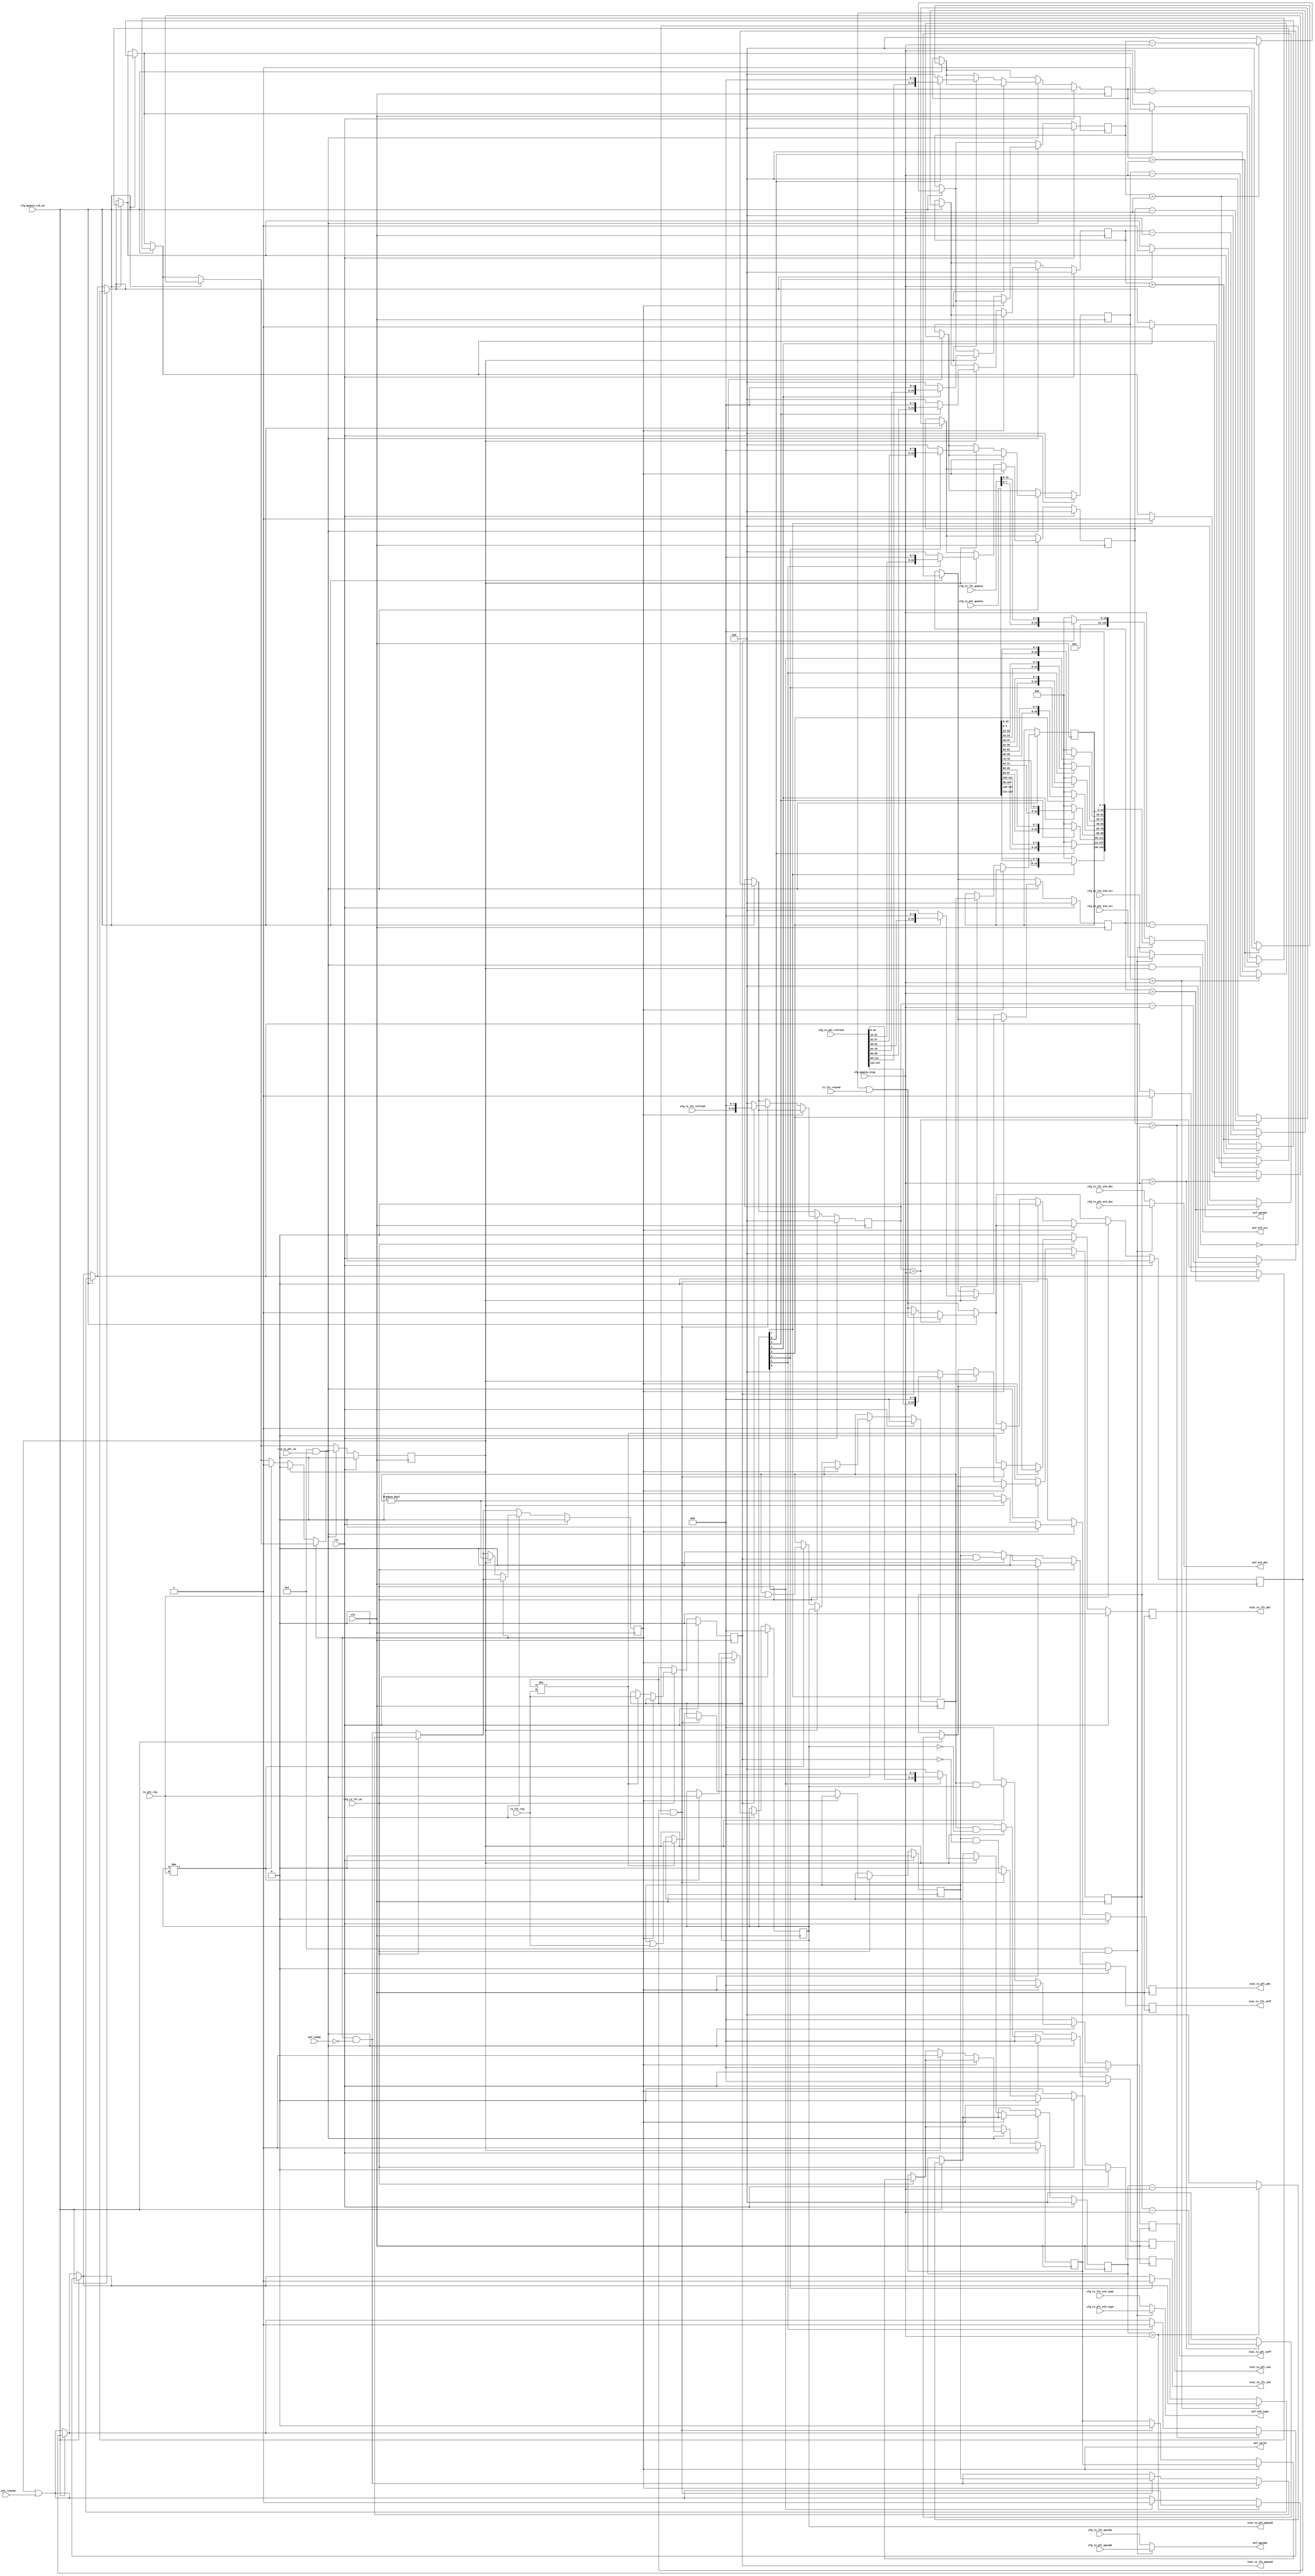
/*

Copyright (c) 2023 Alex Forencich

Permission is hereby granted, free of charge, to any person obtaining a copy
of this software and associated documentation files (the "Software"), to deal
in the Software without restriction, including without limitation the rights
to use, copy, modify, merge, publish, distribute, sublicense, and/or sell
copies of the Software, and to permit persons to whom the Software is
furnished to do so, subject to the following conditions:

The above copyright notice and this permission notice shall be included in
all copies or substantial portions of the Software.

THE SOFTWARE IS PROVIDED "AS IS", WITHOUT WARRANTY OF ANY KIND, EXPRESS OR
IMPLIED, INCLUDING BUT NOT LIMITED TO THE WARRANTIES OF MERCHANTABILITY
FITNESS FOR A PARTICULAR PURPOSE AND NONINFRINGEMENT. IN NO EVENT SHALL THE
AUTHORS OR COPYRIGHT HOLDERS BE LIABLE FOR ANY CLAIM, DAMAGES OR OTHER
LIABILITY, WHETHER IN AN ACTION OF CONTRACT, TORT OR OTHERWISE, ARISING FROM,
OUT OF OR IN CONNECTION WITH THE SOFTWARE OR THE USE OR OTHER DEALINGS IN
THE SOFTWARE.

*/

// Language: Verilog 2001

`resetall
`timescale 1ns / 1ps
`default_nettype none

/*
 * PFC and pause frame transmit handling
 */
module mac_pause_ctrl_tx #
(
    parameter MCF_PARAMS_SIZE = 18,
    parameter PFC_ENABLE = 1
)
(
    input  wire                          clk,
    input  wire                          rst,

    /*
     * MAC control frame interface
     */
    output wire                          mcf_valid,
    input  wire                          mcf_ready,
    output wire [47:0]                   mcf_eth_dst,
    output wire [47:0]                   mcf_eth_src,
    output wire [15:0]                   mcf_eth_type,
    output wire [15:0]                   mcf_opcode,
    output wire [MCF_PARAMS_SIZE*8-1:0]  mcf_params,

    /*
     * Link-level Flow Control (LFC) (IEEE 802.3 annex 31B PAUSE)
     */
    input  wire                          tx_lfc_req,
    input  wire                          tx_lfc_resend,

    /*
     * Priority Flow Control (PFC) (IEEE 802.3 annex 31D)
     */
    input  wire [7:0]                    tx_pfc_req,
    input  wire                          tx_pfc_resend,

    /*
     * Configuration
     */
    input  wire [47:0]                   cfg_tx_lfc_eth_dst,
    input  wire [47:0]                   cfg_tx_lfc_eth_src,
    input  wire [15:0]                   cfg_tx_lfc_eth_type,
    input  wire [15:0]                   cfg_tx_lfc_opcode,
    input  wire                          cfg_tx_lfc_en,
    input  wire [15:0]                   cfg_tx_lfc_quanta,
    input  wire [15:0]                   cfg_tx_lfc_refresh,
    input  wire [47:0]                   cfg_tx_pfc_eth_dst,
    input  wire [47:0]                   cfg_tx_pfc_eth_src,
    input  wire [15:0]                   cfg_tx_pfc_eth_type,
    input  wire [15:0]                   cfg_tx_pfc_opcode,
    input  wire                          cfg_tx_pfc_en,
    input  wire [8*16-1:0]               cfg_tx_pfc_quanta,
    input  wire [8*16-1:0]               cfg_tx_pfc_refresh,
    input  wire [9:0]                    cfg_quanta_step,
    input  wire                          cfg_quanta_clk_en,

    /*
     * Status
     */
    output wire                          stat_tx_lfc_pkt,
    output wire                          stat_tx_lfc_xon,
    output wire                          stat_tx_lfc_xoff,
    output wire                          stat_tx_lfc_paused,
    output wire                          stat_tx_pfc_pkt,
    output wire [7:0]                    stat_tx_pfc_xon,
    output wire [7:0]                    stat_tx_pfc_xoff,
    output wire [7:0]                    stat_tx_pfc_paused
);

localparam QFB = 8;

// check configuration
initial begin
    if (MCF_PARAMS_SIZE < (PFC_ENABLE ? 18 : 2)) begin
        $error("Error: MCF_PARAMS_SIZE too small for requested configuration (instance %m)");
        $finish;
    end
end

reg lfc_req_reg = 1'b0, lfc_req_next;
reg lfc_act_reg = 1'b0, lfc_act_next;
reg lfc_send_reg = 1'b0, lfc_send_next;
reg [7:0] pfc_req_reg = 8'd0, pfc_req_next;
reg [7:0] pfc_act_reg = 8'd0, pfc_act_next;
reg [7:0] pfc_en_reg = 8'd0, pfc_en_next;
reg pfc_send_reg = 1'b0, pfc_send_next;

reg [16+QFB-1:0] lfc_refresh_reg = 0, lfc_refresh_next;
reg [16+QFB-1:0] pfc_refresh_reg[0:7], pfc_refresh_next[0:7];

reg stat_tx_lfc_pkt_reg = 1'b0, stat_tx_lfc_pkt_next;
reg stat_tx_lfc_xon_reg = 1'b0, stat_tx_lfc_xon_next;
reg stat_tx_lfc_xoff_reg = 1'b0, stat_tx_lfc_xoff_next;
reg stat_tx_pfc_pkt_reg = 1'b0, stat_tx_pfc_pkt_next;
reg [7:0] stat_tx_pfc_xon_reg = 0, stat_tx_pfc_xon_next;
reg [7:0] stat_tx_pfc_xoff_reg = 0, stat_tx_pfc_xoff_next;

// MAC control interface
reg             mcf_pfc_sel_reg = PFC_ENABLE != 0, mcf_pfc_sel_next;
reg             mcf_valid_reg = 1'b0, mcf_valid_next;

wire [2*8-1:0] mcf_lfc_params;
assign mcf_lfc_params[16*0 +: 16] = lfc_req_reg ? {cfg_tx_lfc_quanta[0 +: 8], cfg_tx_lfc_quanta[8 +: 8]} : 0;

wire [18*8-1:0] mcf_pfc_params;
assign mcf_pfc_params[16*0 +: 16] = {pfc_en_reg, 8'd0};
assign mcf_pfc_params[16*1 +: 16] = pfc_req_reg[0] ? {cfg_tx_pfc_quanta[16*0+0 +: 8], cfg_tx_pfc_quanta[16*0+8 +: 8]} : 0;
assign mcf_pfc_params[16*2 +: 16] = pfc_req_reg[1] ? {cfg_tx_pfc_quanta[16*1+0 +: 8], cfg_tx_pfc_quanta[16*1+8 +: 8]} : 0;
assign mcf_pfc_params[16*3 +: 16] = pfc_req_reg[2] ? {cfg_tx_pfc_quanta[16*2+0 +: 8], cfg_tx_pfc_quanta[16*2+8 +: 8]} : 0;
assign mcf_pfc_params[16*4 +: 16] = pfc_req_reg[3] ? {cfg_tx_pfc_quanta[16*3+0 +: 8], cfg_tx_pfc_quanta[16*3+8 +: 8]} : 0;
assign mcf_pfc_params[16*5 +: 16] = pfc_req_reg[4] ? {cfg_tx_pfc_quanta[16*4+0 +: 8], cfg_tx_pfc_quanta[16*4+8 +: 8]} : 0;
assign mcf_pfc_params[16*6 +: 16] = pfc_req_reg[5] ? {cfg_tx_pfc_quanta[16*5+0 +: 8], cfg_tx_pfc_quanta[16*5+8 +: 8]} : 0;
assign mcf_pfc_params[16*7 +: 16] = pfc_req_reg[6] ? {cfg_tx_pfc_quanta[16*6+0 +: 8], cfg_tx_pfc_quanta[16*6+8 +: 8]} : 0;
assign mcf_pfc_params[16*8 +: 16] = pfc_req_reg[7] ? {cfg_tx_pfc_quanta[16*7+0 +: 8], cfg_tx_pfc_quanta[16*7+8 +: 8]} : 0;

assign mcf_valid = mcf_valid_reg;
assign mcf_eth_dst  = (PFC_ENABLE && mcf_pfc_sel_reg) ? cfg_tx_pfc_eth_dst  : cfg_tx_lfc_eth_dst;
assign mcf_eth_src  = (PFC_ENABLE && mcf_pfc_sel_reg) ? cfg_tx_pfc_eth_src  : cfg_tx_lfc_eth_src;
assign mcf_eth_type = (PFC_ENABLE && mcf_pfc_sel_reg) ? cfg_tx_pfc_eth_type : cfg_tx_lfc_eth_type;
assign mcf_opcode   = (PFC_ENABLE && mcf_pfc_sel_reg) ? cfg_tx_pfc_opcode   : cfg_tx_lfc_opcode;
assign mcf_params   = (PFC_ENABLE && mcf_pfc_sel_reg) ? mcf_pfc_params      : mcf_lfc_params;

assign stat_tx_lfc_pkt = stat_tx_lfc_pkt_reg;
assign stat_tx_lfc_xon = stat_tx_lfc_xon_reg;
assign stat_tx_lfc_xoff = stat_tx_lfc_xoff_reg;
assign stat_tx_lfc_paused = lfc_req_reg;
assign stat_tx_pfc_pkt = stat_tx_pfc_pkt_reg;
assign stat_tx_pfc_xon = stat_tx_pfc_xon_reg;
assign stat_tx_pfc_xoff = stat_tx_pfc_xoff_reg;
assign stat_tx_pfc_paused = pfc_req_reg;

integer k;

initial begin
    for (k = 0; k < 8; k = k + 1) begin
        pfc_refresh_reg[k] = 0;
    end
end

always @* begin
    lfc_req_next = lfc_req_reg;
    lfc_act_next = lfc_act_reg;
    lfc_send_next = lfc_send_reg | tx_lfc_resend;
    pfc_req_next = pfc_req_reg;
    pfc_act_next = pfc_act_reg;
    pfc_en_next = pfc_en_reg;
    pfc_send_next = pfc_send_reg | tx_pfc_resend;

    mcf_pfc_sel_next = mcf_pfc_sel_reg;
    mcf_valid_next = mcf_valid_reg && !mcf_ready;

    stat_tx_lfc_pkt_next = 1'b0;
    stat_tx_lfc_xon_next = 1'b0;
    stat_tx_lfc_xoff_next = 1'b0;
    stat_tx_pfc_pkt_next = 1'b0;
    stat_tx_pfc_xon_next = 0;
    stat_tx_pfc_xoff_next = 0;

    if (cfg_quanta_clk_en) begin
        if (lfc_refresh_reg > cfg_quanta_step) begin
            lfc_refresh_next = lfc_refresh_reg - cfg_quanta_step;
        end else begin
            lfc_refresh_next = 0;
            if (lfc_req_reg) begin
                lfc_send_next = 1'b1;
            end
        end
    end else begin
        lfc_refresh_next = lfc_refresh_reg;
    end

    for (k = 0; k < 8; k = k + 1) begin
        if (cfg_quanta_clk_en) begin
            if (pfc_refresh_reg[k] > cfg_quanta_step) begin
                pfc_refresh_next[k] = pfc_refresh_reg[k] - cfg_quanta_step;
            end else begin
                pfc_refresh_next[k] = 0;
                if (pfc_req_reg[k]) begin
                    pfc_send_next = 1'b1;
                end
            end
        end else begin
            pfc_refresh_next[k] = pfc_refresh_reg[k];
        end
    end

    if (cfg_tx_lfc_en) begin
        if (!mcf_valid_reg) begin
            if (lfc_req_reg != tx_lfc_req) begin
                lfc_req_next = tx_lfc_req;
                lfc_act_next = lfc_act_reg | tx_lfc_req;
                lfc_send_next = 1'b1;
            end

            if (lfc_send_reg && !(PFC_ENABLE && cfg_tx_pfc_en && pfc_send_reg)) begin
                mcf_pfc_sel_next = 1'b0;
                mcf_valid_next = lfc_act_reg;
                lfc_act_next = lfc_req_reg;
                lfc_refresh_next = lfc_req_reg ? {cfg_tx_lfc_refresh, {QFB{1'b0}}} : 0;
                lfc_send_next = 1'b0;

                stat_tx_lfc_pkt_next = lfc_act_reg;
                stat_tx_lfc_xon_next = lfc_act_reg && !lfc_req_reg;
                stat_tx_lfc_xoff_next = lfc_act_reg && lfc_req_reg;
            end
        end
    end

    if (PFC_ENABLE && cfg_tx_pfc_en) begin
        if (!mcf_valid_reg) begin
            if (pfc_req_reg != tx_pfc_req) begin
                pfc_req_next = tx_pfc_req;
                pfc_act_next = pfc_act_reg | tx_pfc_req;
                pfc_send_next = 1'b1;
            end

            if (pfc_send_reg) begin
                mcf_pfc_sel_next = 1'b1;
                mcf_valid_next = pfc_act_reg != 0;
                pfc_en_next = pfc_act_reg;
                pfc_act_next = pfc_req_reg;
                for (k = 0; k < 8; k = k + 1) begin
                    pfc_refresh_next[k] = pfc_req_reg[k] ? {cfg_tx_pfc_refresh[16*k +: 16], {QFB{1'b0}}} : 0;
                end
                pfc_send_next = 1'b0;

                stat_tx_pfc_pkt_next = pfc_act_reg != 0;
                stat_tx_pfc_xon_next = pfc_act_reg & ~pfc_req_reg;
                stat_tx_pfc_xoff_next = pfc_act_reg & pfc_req_reg;
            end
        end
    end
end

always @(posedge clk) begin
    lfc_req_reg <= lfc_req_next;
    lfc_act_reg <= lfc_act_next;
    lfc_send_reg <= lfc_send_next;
    pfc_req_reg <= pfc_req_next;
    pfc_act_reg <= pfc_act_next;
    pfc_en_reg <= pfc_en_next;
    pfc_send_reg <= pfc_send_next;

    mcf_pfc_sel_reg <= mcf_pfc_sel_next;
    mcf_valid_reg <= mcf_valid_next;

    lfc_refresh_reg <= lfc_refresh_next;
    for (k = 0; k < 8; k = k + 1) begin
        pfc_refresh_reg[k] <= pfc_refresh_next[k];
    end

    stat_tx_lfc_pkt_reg <= stat_tx_lfc_pkt_next;
    stat_tx_lfc_xon_reg <= stat_tx_lfc_xon_next;
    stat_tx_lfc_xoff_reg <= stat_tx_lfc_xoff_next;
    stat_tx_pfc_pkt_reg <= stat_tx_pfc_pkt_next;
    stat_tx_pfc_xon_reg <= stat_tx_pfc_xon_next;
    stat_tx_pfc_xoff_reg <= stat_tx_pfc_xoff_next;

    if (rst) begin
        lfc_req_reg <= 1'b0;
        lfc_act_reg <= 1'b0;
        lfc_send_reg <= 1'b0;
        pfc_req_reg <= 0;
        pfc_act_reg <= 0;
        pfc_send_reg <= 0;
        mcf_pfc_sel_reg <= PFC_ENABLE != 0;
        mcf_valid_reg <= 1'b0;
        lfc_refresh_reg <= 0;
        for (k = 0; k < 8; k = k + 1) begin
            pfc_refresh_reg[k] <= 0;
        end

        stat_tx_lfc_pkt_reg <= 1'b0;
        stat_tx_lfc_xon_reg <= 1'b0;
        stat_tx_lfc_xoff_reg <= 1'b0;
        stat_tx_pfc_pkt_reg <= 1'b0;
        stat_tx_pfc_xon_reg <= 0;
        stat_tx_pfc_xoff_reg <= 0;
    end
end

endmodule

`resetall